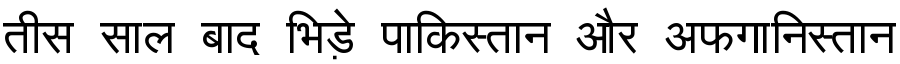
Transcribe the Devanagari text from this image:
तीस साल बाद भिड़े पाकिस्तान और अफगानिस्तान